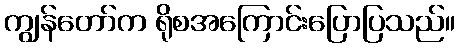
ကျွန်တော်က ရိုစအကြောင်းပြောပြသည်။